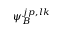
\psi _ { B } ^ { j p , l k }